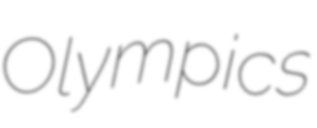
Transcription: Olympics